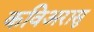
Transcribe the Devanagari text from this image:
कविअरासु